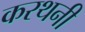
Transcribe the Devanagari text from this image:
करथनी